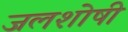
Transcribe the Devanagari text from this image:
जलशोषी